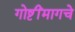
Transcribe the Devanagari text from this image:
गोष्टींमागचे